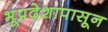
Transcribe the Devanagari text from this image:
भूप्रदेशापासून